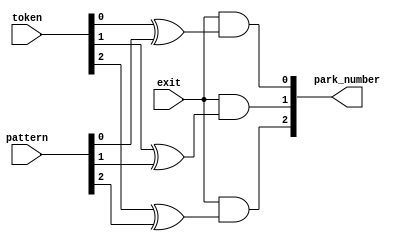
/*--  *******************************************************
--  Computer Architecture Course, Laboratory Sources 
--  Amirkabir University of Technology (Tehran Polytechnic)
--  Department of Computer Engineering (CE-AUT)
--  https://ce[dot]aut[dot]ac[dot]ir
--  *******************************************************
--  All Rights reserved (C) 2021-2022
--  *******************************************************
--  Student ID  : 
--  Student Name: 
--  Student Mail: 
--  *******************************************************
--  Additional Comments:
--
--*/

/*-----------------------------------------------------------
---  Module Name: decrypt 
-----------------------------------------------------------*/
`timescale 1 ns/1 ns
module decrypt(
    exit,
    token,
    pattern,
    park_number);

input exit;
input [2:0] token;
input [2:0] pattern;
output [2:0] park_number;

wire [2:0] temp_park_number;

xor(temp_park_number[0], token[0], pattern[0]);
xor(temp_park_number[1], token[1], pattern[1]);
xor(temp_park_number[2], token[2], pattern[2]);

and(park_number[0], exit, temp_park_number[0]);
and(park_number[1], exit, temp_park_number[1]);
and(park_number[2], exit, temp_park_number[2]);

endmodule